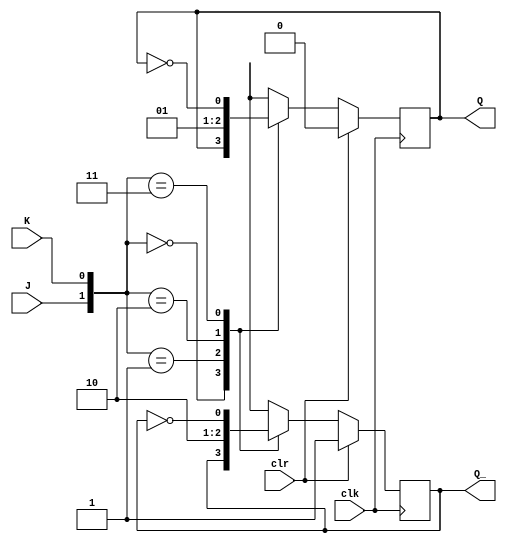
module negedge_ff(J, K, clk, clr, Q, Q_);

input J, K, clk, clr;
output reg Q, Q_;

always@(negedge clk) begin
 if (clr == 1'b1) begin
   Q <= 1'b0;
   Q_ <= 1'b1;
 end
 else begin
   case({J, K})
     2'b00: begin
       Q <= Q;
       Q_ <= Q_;
     end
     2'b01: begin
       Q <= 1'b0;
       Q_ <= 1'b1;
     end
     2'b10: begin
       Q <= 1'b1;
       Q_ <= 1'b0;
     end
     2'b11: begin
       Q <= ~Q;
       Q_ <= ~Q_;
     end
   endcase
 end
end

endmodule